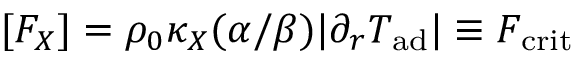
[ F _ { X } ] = \rho _ { 0 } \kappa _ { X } ( \alpha / \beta ) | \partial _ { r } T _ { \mathrm { a d } } | \equiv F _ { \mathrm { c r i t } }